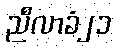
ညီလာခံ၂၁